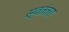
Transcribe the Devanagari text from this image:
स्वतंतरा